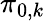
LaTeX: \pi_{0,k}